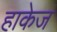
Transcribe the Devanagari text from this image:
हाकेज